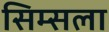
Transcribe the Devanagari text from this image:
सिम्सला